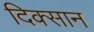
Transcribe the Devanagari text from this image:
दिक्सान